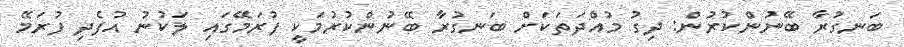
ބަނގުރާ ބޭނުންކުރުން: ދިގު މުއްދަތަކަށް ބަނގުރާ ބޭނުންކުރުމަކީ ފުރަމޭގައި ލަކުނު އުފެދި ފުރަމޭ